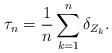
LaTeX: \begin{align*}\tau_n=\frac{1}{n}\sum_{k=1}^n \delta_{Z_k}.\end{align*}